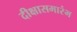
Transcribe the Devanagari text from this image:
दीक्षासमारंभ